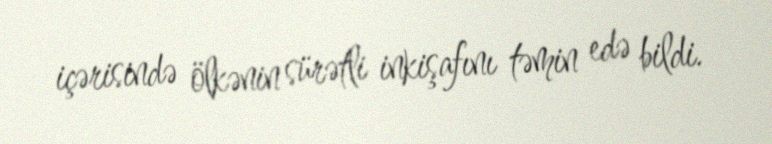
içərisində ölkənin sürətli inkişafını təmin edə bildi.